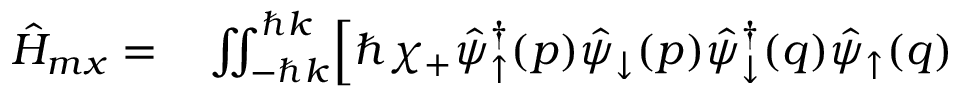
\begin{array} { r l } { \hat { H } _ { m x } = } & { { } \iint _ { - \hbar k } ^ { \hbar k } \Bigr [ \hbar \chi _ { + } \hat { \psi } _ { \uparrow } ^ { \dagger } ( p ) \hat { \psi } _ { \downarrow } ( p ) \hat { \psi } _ { \downarrow } ^ { \dagger } ( q ) \hat { \psi } _ { \uparrow } ( q ) } \end{array}